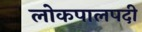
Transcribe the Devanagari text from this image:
लोकपालपदी